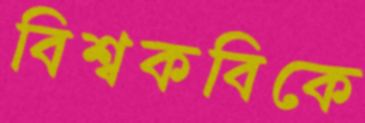
বিশ্বকবিকে